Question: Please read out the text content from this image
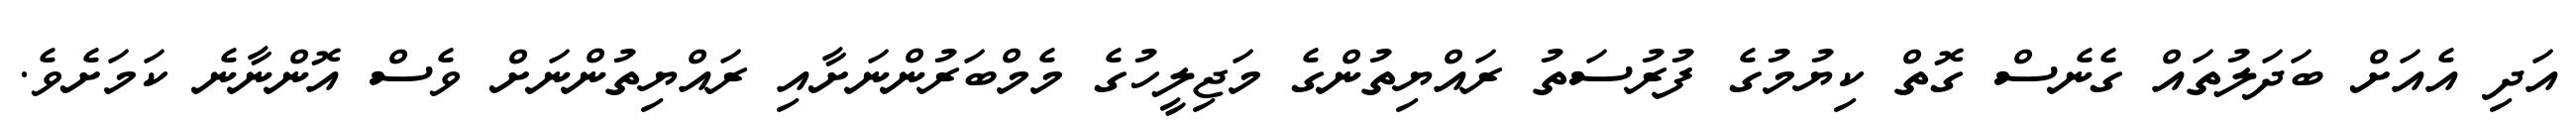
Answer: އަދި އެއަށް ބަދަލުތައް ގެނެސް ގޮތް ކިޔުމުގެ ފުރުސަތު ރައްޔިތުންގެ މަޖިލީހުގެ މެމްބަރުންނަށާއި ރައްޔިތުންނަށް ވެސް އޮންނާނެ ކަމަށެވެ.